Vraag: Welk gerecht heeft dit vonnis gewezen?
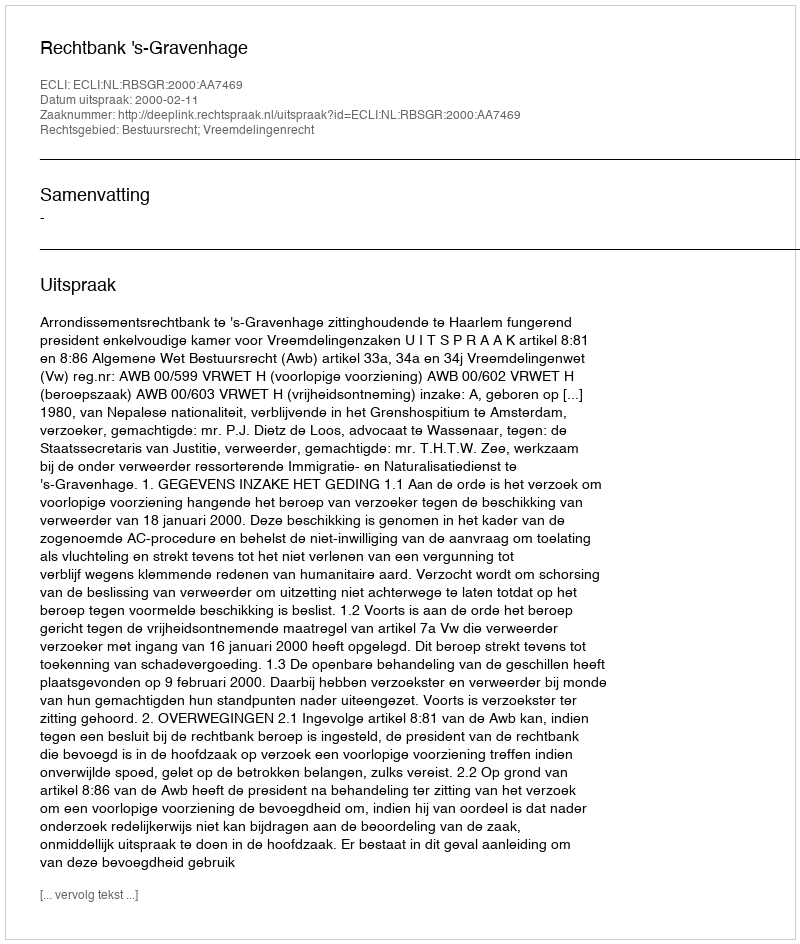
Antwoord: Rechtbank 's-Gravenhage